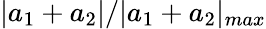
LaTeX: |a_{1}+a_{2}|/|a_{1}+a_{2}|_{max}